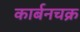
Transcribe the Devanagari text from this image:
कार्बनचक्र